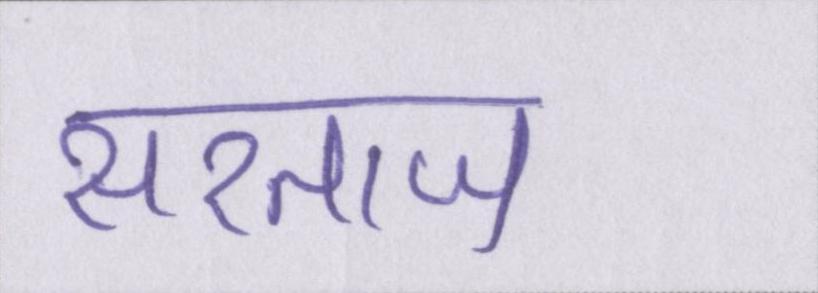
सरताज